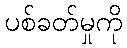
ပစ်ခတ်မှုကို